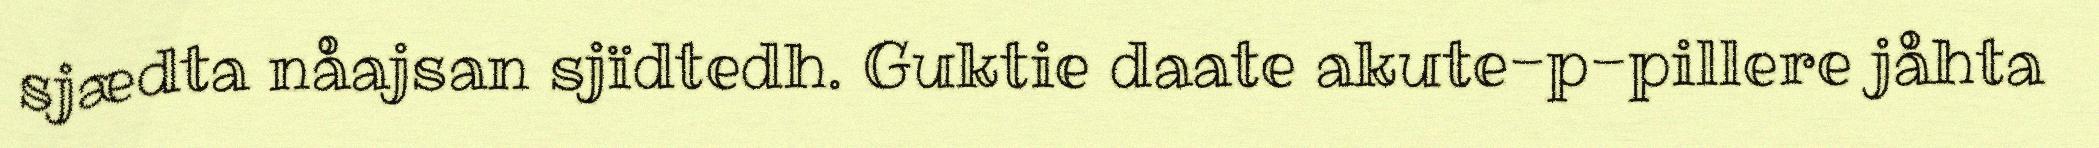
sjædta nåajsan sjïdtedh. Guktie daate akute-p-pillere jåhta